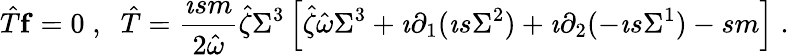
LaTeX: \hat{T}{\mathbf f}=0\; ,\; \; \hat{T}=\frac{\imath sm}{2\hat{\omega}}\hat{\zeta}\Sigma^{3}\left[\hat{\zeta}\hat{\omega}\Sigma^{3}+\imath\partial_{1}(\imath s\Sigma^{2})+\imath\partial_{2}(-\imath s\Sigma^{1})-sm\right]\; .